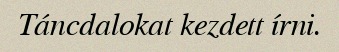
Táncdalokat kezdett írni.